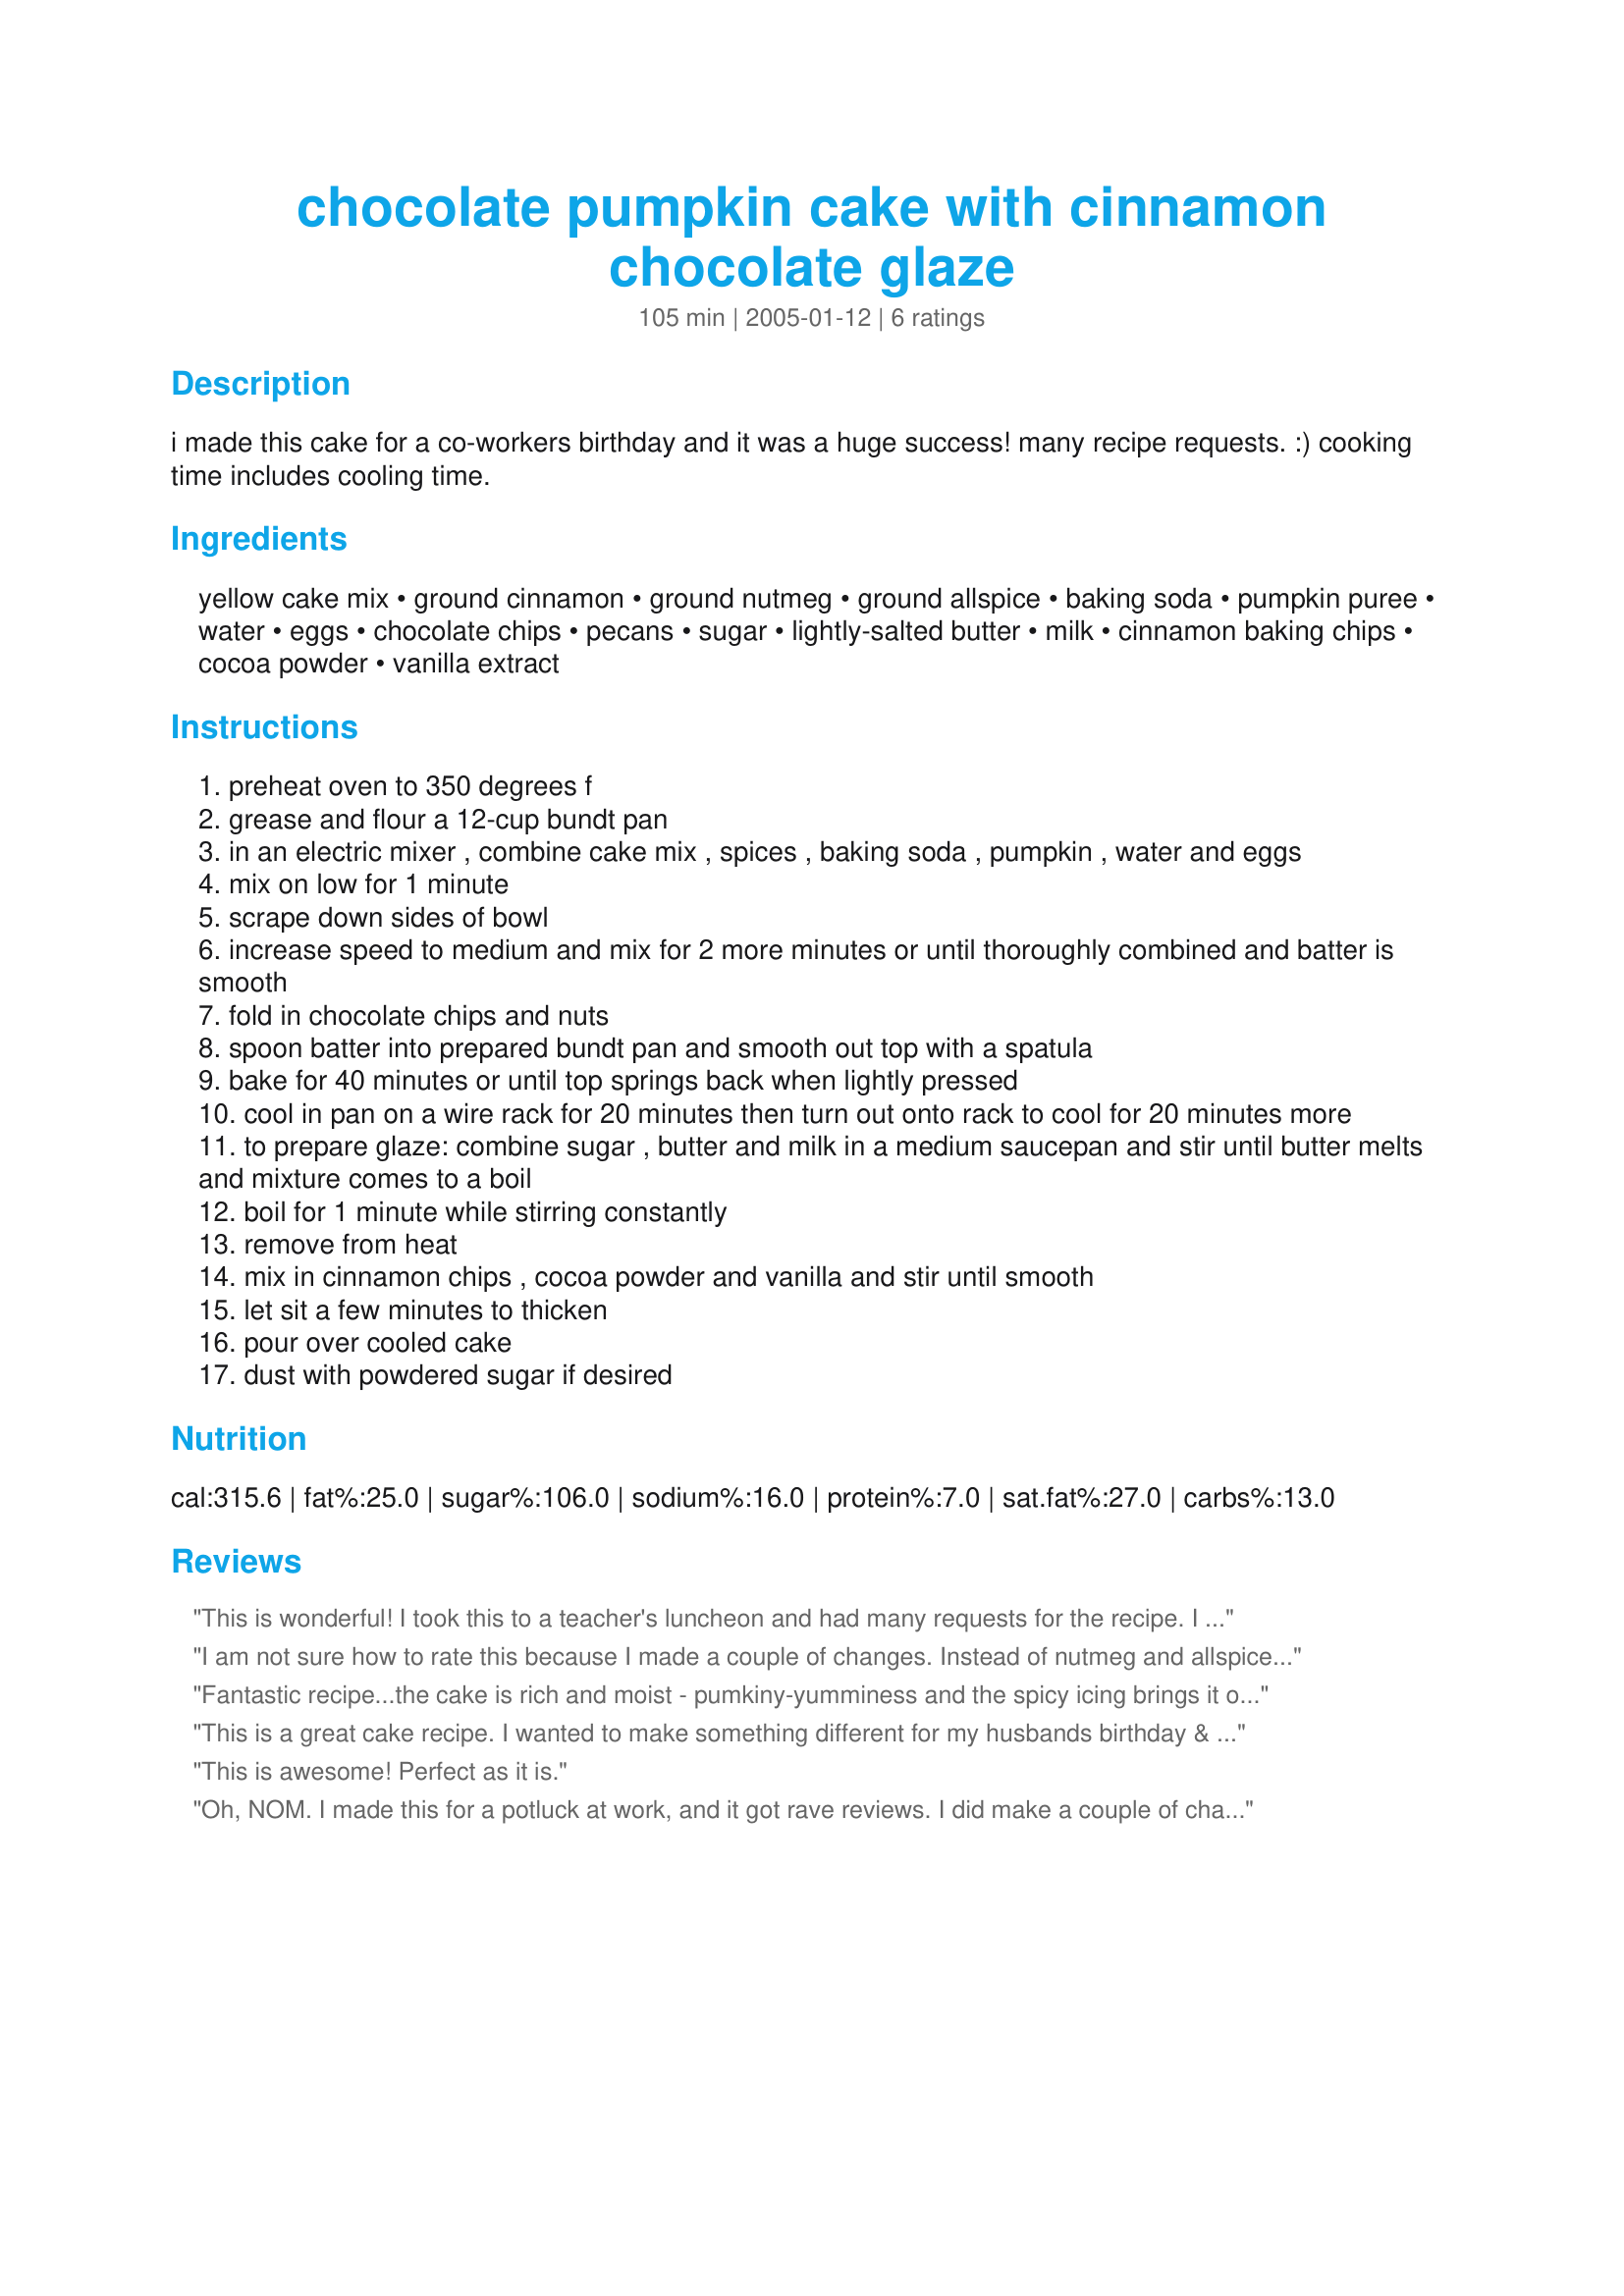
chocolate pumpkin cake with cinnamon chocolate glaze
Preparation time: 105 minutes

i made this cake for a co-workers birthday and it was a huge success! many recipe requests. :) cooking time includes cooling time.

Ingredients:
yellow cake mix, ground cinnamon, ground nutmeg, ground allspice, baking soda, pumpkin puree, water, eggs, chocolate chips, pecans, sugar, lightly-salted butter, milk, cinnamon baking chips, cocoa powder, vanilla extract

Steps:
preheat oven to 350 degrees f
grease and flour a 12-cup bundt pan
in an electric mixer , combine cake mix , spices , baking soda , pumpkin , water and eggs
mix on low for 1 minute
scrape down sides of bowl
increase speed to medium and mix for 2 more minutes or until thoroughly combined and batter is smooth
fold in chocolate chips and nuts
spoon batter into prepared bundt pan and smooth out top with a spatula
bake for 40 minutes or until top springs back when lightly pressed
cool in pan on a wire rack for 20 minutes then turn out onto rack to cool for 20 minutes more
to prepare glaze: combine sugar , butter and milk in a medium saucepan and stir until butter melts and mixture comes to a boil
boil for 1 minute while stirring constantly
remove from heat
mix in cinnamon chips , cocoa powder and vanilla and stir until smooth
let sit a few minutes to thicken
pour over cooled cake
dust with powdered sugar if desired

Reviews:
This is wonderful! I took this to a teacher's luncheon and had many requests for the recipe. I couldn't find any cinnamon baking chips so I just dusted the top with confectioner's sugar. It is rich enough without the glaze. Thanks for a great recipe.
I am not sure how to rate this because I made a couple of changes. Instead of nutmeg and allspice, I used Chinese 5 Spice Powder. I also mixed a 1/2 cup chocolate chips and a 1/2 cup cinnamon chips. The cinnamon chips melted into the cake, which made it even better. The flavors blended together really well and the cake was mice and moist. Very Tasty!! It was easy to make. I will definitely be making this recipe again and again. I always have cake mixex on hand. Thanks for sharing your recipe Flower7!! It's a keeper
Fantastic recipe...the cake is rich and moist - pumkiny-yumminess and the spicy icing brings it over the top (I mean over-the top goodness :wink: ) Thanks for a great treat flower7 (my friend from "the pet-swap" :) )!!! Very easy to make...I used a butter cake mix, mini-chocolate chips and I practically minced my pecans...I almost didn't bother to do the glaze because I could tell from batter licking the spice flavors were already fabulous...but I am so glad I did (that topping is a fantastic little recipe by itself, I will be doing that again for any cake - I love spicy chocolate - I was bowl licking that too :)...if you can find the cinnamon chips DO IT!!!) I had marked this a while ago to make for my Hubs. B-Day... but I ended up making it a bit earlier to participate in the Cake-a-Thon in memory of Chef-I- Am...making a good cake is a wonderful way to celebrate life!!! This cake became a special gift on a lot of levels - Thanks again flower7 :)!!
This is a great cake recipe. I wanted to make something different for my husbands birthday & since it is close to Halloween & I just didn't want the usual chocolate cake.
This recipe is easy & what a great taste. 
The only thing is I could not find cinnamon chips,so I dusted them in cinnamon.
My family loved this cake & especially the glaze. This really makes the cake.
Again what a great recipe & I will be making this often.
Dolly K
This is awesome! Perfect as it is.
Oh, NOM. I made this for a potluck at work, and it got rave reviews. I did make a couple of changes - I used a chocolate cake mix instead of yellow, and I left out the nuts (I work in a pretty large department and didn't know who might have allergy issues). I used Hershey's Special Dark cocoa for the glaze. The cake turned out decadent and rich and oh, so good! Thanks for posting!
